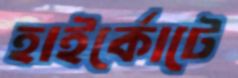
হাইর্কোটে